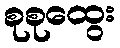
စုစုထွေး